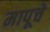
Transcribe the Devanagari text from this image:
मापूचे